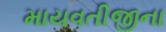
માયવતીજીના